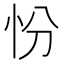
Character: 㤋